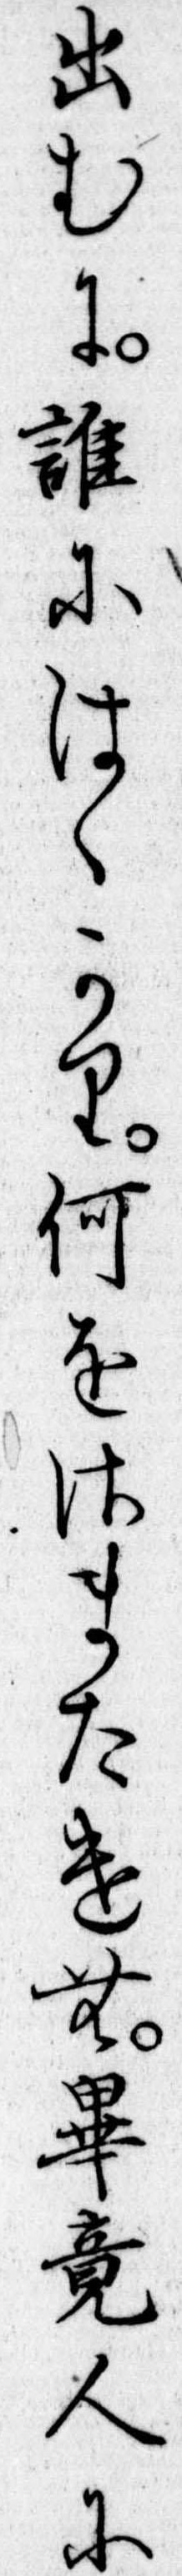
出むに誰にはゝかり何をさまたけむ畢竟人に